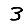
Digit: 3